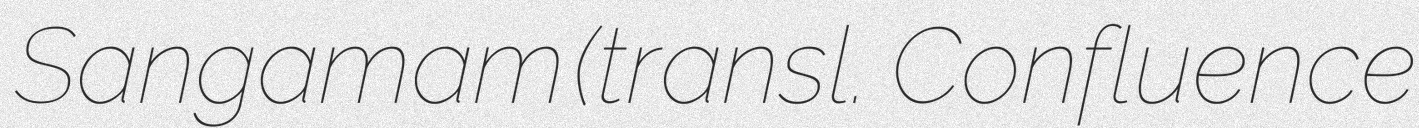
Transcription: Sangamam (transl. Confluence